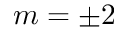
m = \pm 2